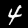
Digit: 4